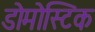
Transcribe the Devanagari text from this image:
डोमोस्टिक